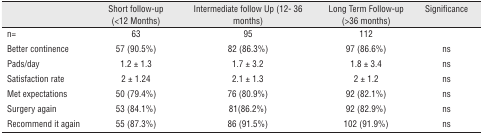
|  | Short follow-up (<12 Months) | Intermediate follow Up (12- 36 months) | Long Term Follow-up (>36 months) | Significance |
 | --- | --- | --- | --- | --- |
 | n= | 63 | 95 | 112 |  |
 | Better continence | 57 (90.5%) | 82 (86.3%) | 97 (86.6%) | ns |
 | Pads/day | 1.2 ± 1.3 | 1.7 ± 3.2 | 1.8 ± 3.4 | ns |
 | Satisfaction rate | 2 ± 1.24 | 2.1 ± 1.3 | 2 ± 1.2 | ns |
 | Met expectations | 50 (79.4%) | 76 (80.9%) | 92 (82.1%) | ns |
 | Surgery again | 53 (84.1%) | 81(86.2%) | 92 (82.9%) | ns |
 | Recommend it again | 55 (87.3%) | 86 (91.5%) | 102 (91.9%) | ns |